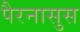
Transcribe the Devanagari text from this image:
पैरनासुस